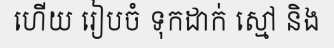
ហើយ រៀបចំ ទុកដាក់ ស្មៅ និង